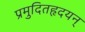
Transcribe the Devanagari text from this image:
प्रमुदितहृदयन्